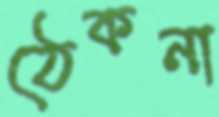
ঠেকনা